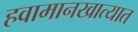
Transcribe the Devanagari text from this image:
हवामानखात्यात